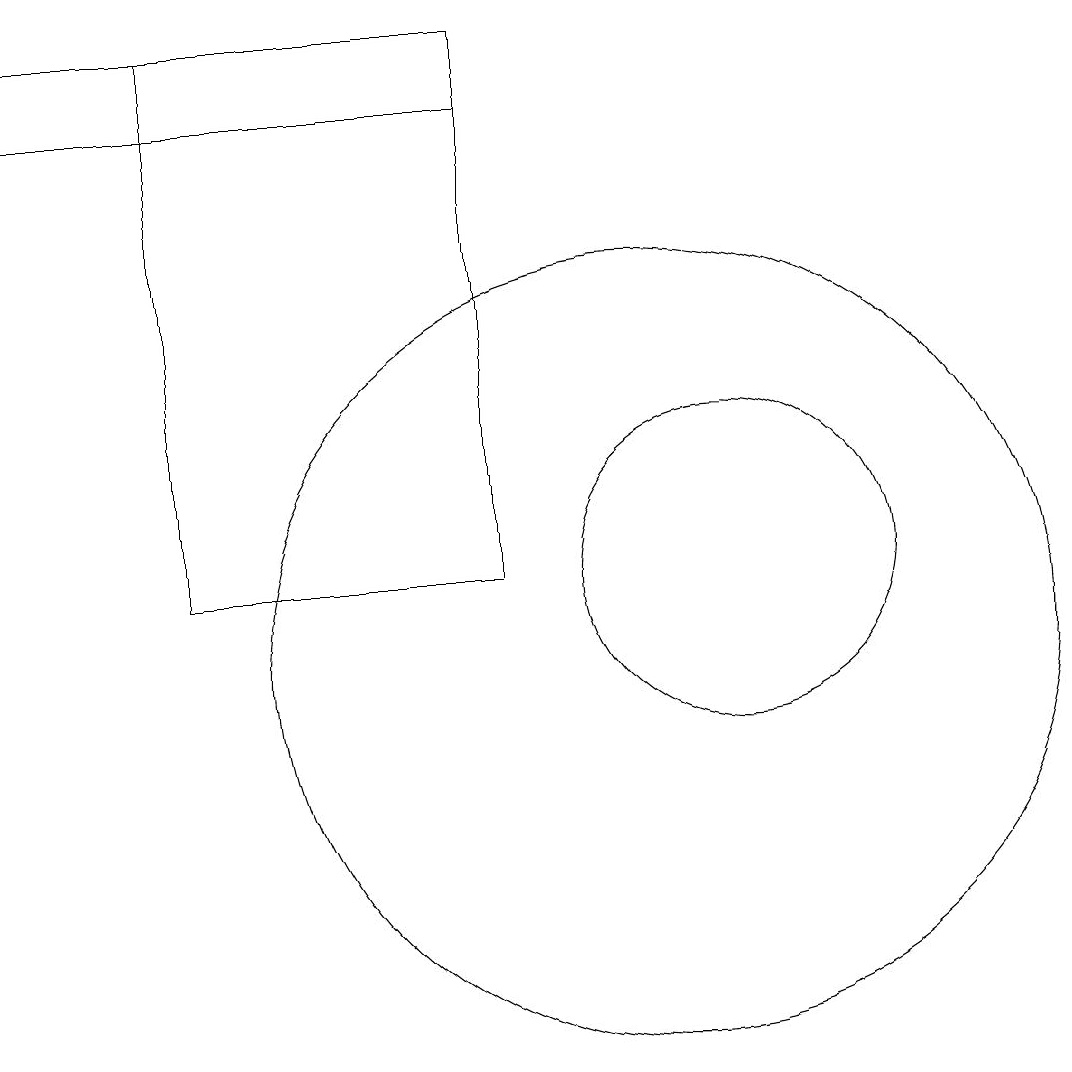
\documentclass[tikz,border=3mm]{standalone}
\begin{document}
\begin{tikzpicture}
\draw (10,10) circle (5);
\draw (8,18) rectangle (4,11);
\draw (11,11) circle (2);
\draw (8,17) rectangle (2,18);
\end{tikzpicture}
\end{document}